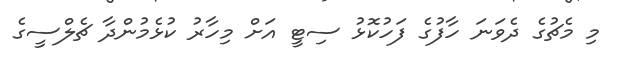
މި މެޗުގެ ދެވަނަ ހާފުގެ ފަހުކޮޅު ސިޓީ އަށް މިހާރު ކުޅެމުންދާ ޗެލްސީގެ